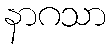
နာဂသာ